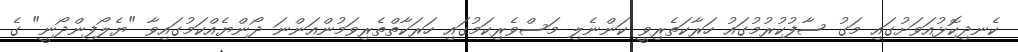
ކެނދިކޮޅުއަވަށުގައި މަގު ސާފުކުރުމުގައު ހަރާކަތެރިވީ ކަންނެލި މަސްވެރިކަމުގައި ހަރަކާތްތެރިވަމުންއަންނަ ދޯންޔެއްކަމުގައިވާ "ޔެލޯފިންދޯނީ" ގެ